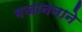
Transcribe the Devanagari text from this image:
गजाननाने